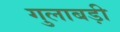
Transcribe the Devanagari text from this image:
गुलाबड़ी